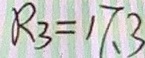
R _ { 3 } = 1 7 . 3